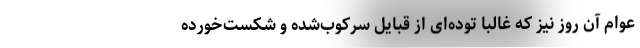
عوام آن روز نیز که غالباً توده‌ای از قبایل سرکوب‌شده و شکست‌خورده